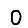
Digit: 0